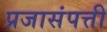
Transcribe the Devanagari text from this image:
प्रजासंपत्ती